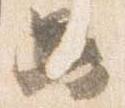
只